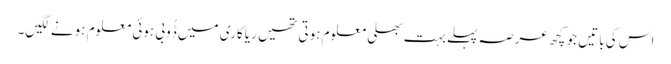
اس کی باتیں جو کچھ عرصہ پہلے بہت بھلی معلوم ہوتی تھیں ریا کاری میں ڈُوبی ہوئی معلوم ہونے لگیں۔